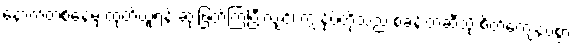
နောက်တစ်နေ့မှ ထုတ်ယူရန် ဆုံးဖြတ်ကြပြီးလျှင်၊ ကျွန်ုပ်တို့သည် စခန်းတဲဆီသို့ စိတ်ကျေနပ်စွာ